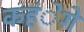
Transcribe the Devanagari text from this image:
कहंेगे